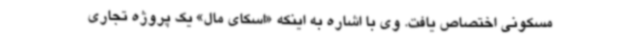
مسکونی اختصاص یافت. وی با اشاره به اینکه «اسکای مال» یک پروژه تجاری